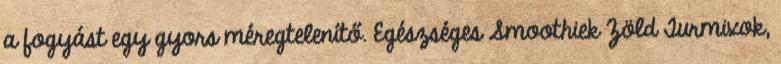
a fogyást egy gyors méregtelenítő. Egészséges Smoothiek Zöld Turmixok,